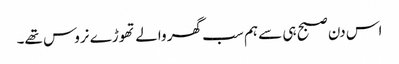
اس دن صبح ہی سے ہم سب گھر والے تھوڑے نروس تھے۔